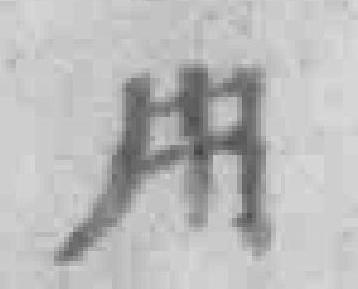
用